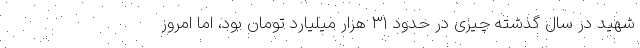
شهید در سال گذشته چیزی در حدود ۳۱ هزار میلیارد تومان بود، اما امروز